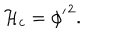
LaTeX: { \cal { H } } _ { c } = { \phi ^ { \prime } } ^ { 2 } .